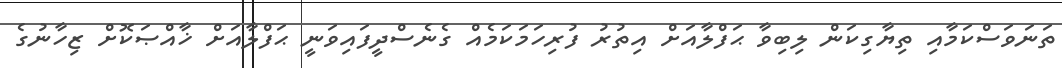
ތަނަވަސްކަމާއި ތިޔާގިކަން ލިބިވާ ޙަފްލާއަށް އިތުރު ފުރިހަމަކަމެއް ގެނެސްދީފައިވަނީ ޙަފްލާއަށް ޚާއްޞަކޮށް ޒިހާނުގެ